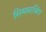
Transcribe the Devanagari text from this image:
सिमसबिंग